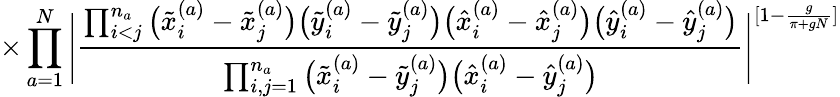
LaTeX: \times\prod_{a=1}^{N}\Bigg|\frac{\prod_{i<j}^{n_{a}}\big(\tilde{x}_{i}^{(a)}-\tilde{x}_{j}^{(a)}\big)\big(\tilde{y}_{i}^{(a)}-\tilde{y}_{j}^{(a)}\big)\big(\hat{x}_{i}^{(a)}-\hat{x}_{j}^{(a)}\big)\big(\hat{y}_{i}^{(a)}-\hat{y}_{j}^{(a)}\big)}{\prod_{i,j=1}^{n_{a}}\big(\tilde{x}_{i}^{(a)}-\tilde{y}_{j}^{(a)}\big)\big(\hat{x}_{i}^{(a)}-\hat{y}_{j}^{(a)}\big)}\Bigg|^{[1-\frac{g}{\pi+gN}]}